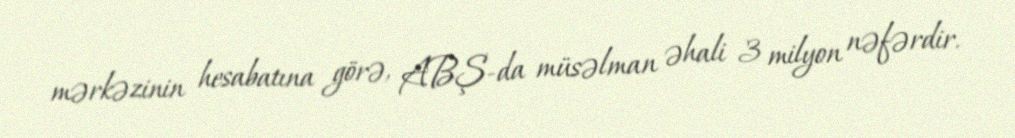
mərkəzinin hesabatına görə, ABŞ-da müsəlman əhali 3 milyon nəfərdir.